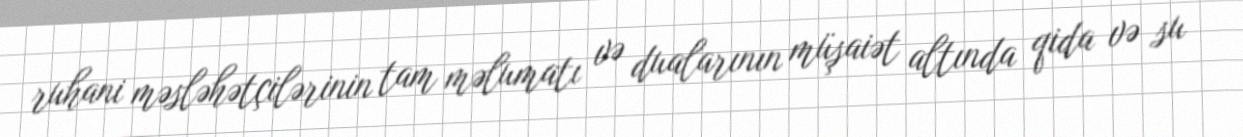
ruhani məsləhətçilərinin tam məlumatı və dualarının müşaiət altında qida və su